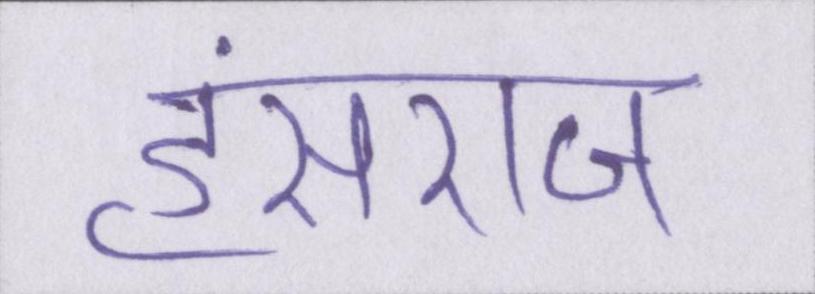
हंसराज